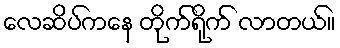
လေဆိပ်ကနေ တိုက်ရိုက် လာတယ်။